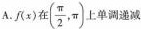
A. f(x)在( $$(\frac{\pi}{2}, \pi)$$ 单调递减